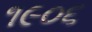
૧૯૦૬